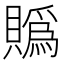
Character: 䞈